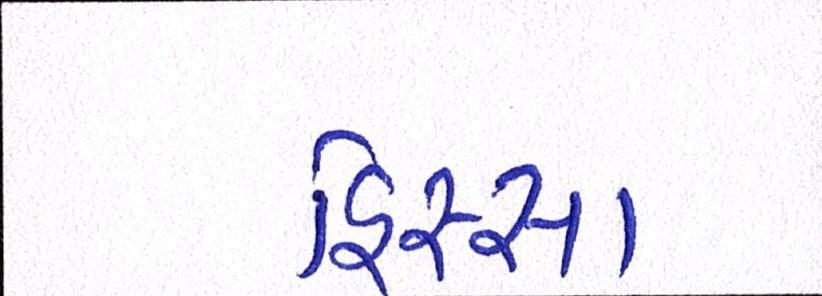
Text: હિસ્સા